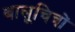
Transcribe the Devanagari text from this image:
बालूचित्रों